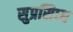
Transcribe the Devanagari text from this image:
सुप्रसिध्‍ध